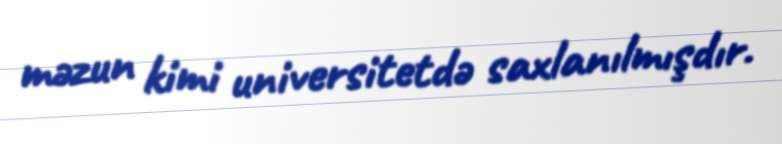
məzun kimi universitetdə saxlanılmışdır.